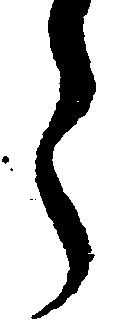
ら